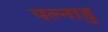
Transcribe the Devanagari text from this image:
पल्नाडु